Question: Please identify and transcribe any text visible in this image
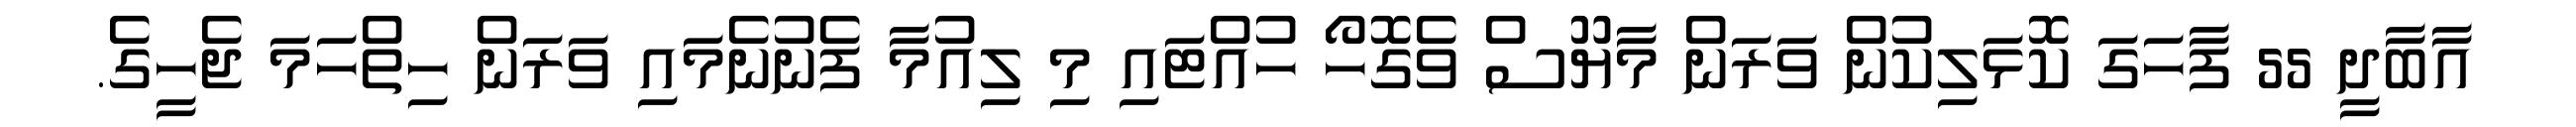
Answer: އާބާދީ 55 ފާހަގަ ކޮޅަލިކުން ވަރަން މާޔޫސް ވެގޮހޯ ހުއްޓައި މި ލިއުމާ ފެނުނެމައި ވަރަން ހިތްހަމަ ޖެހީގެ.